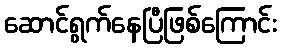
ဆောင်ရွက်နေပြီဖြစ်ကြောင်း